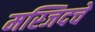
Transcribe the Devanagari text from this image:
मस्जिदचे